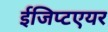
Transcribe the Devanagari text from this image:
ईजिप्टएयर